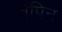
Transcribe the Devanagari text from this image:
वैपिन